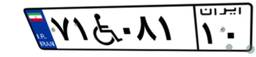
۷۱W۰۸۱۱۰